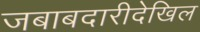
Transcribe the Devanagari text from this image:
जबाबदारीदेखिल